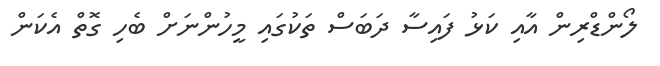
ލޯންޑްރިން އާއި ކަޅު ފައިސާ ދަބަސް ތަކުގައި މީހުންނަށް ބެހި ގޮތް އެކަން